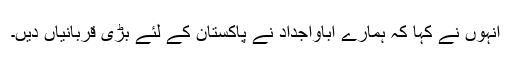
انہوں نے کہا کہ ہمارے آباؤاجداد نے پاکستان کے لئے بڑی قربانیاں دیں۔